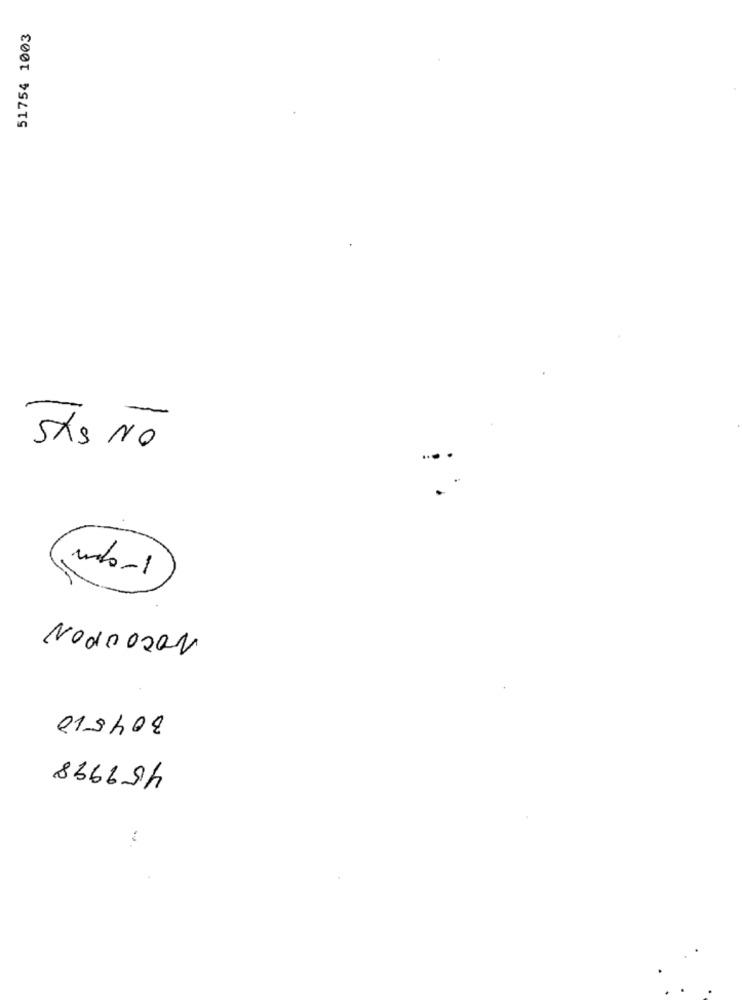
51754 1003
-
SAS NO
indo-1
No00 020v
013/08
459998
: